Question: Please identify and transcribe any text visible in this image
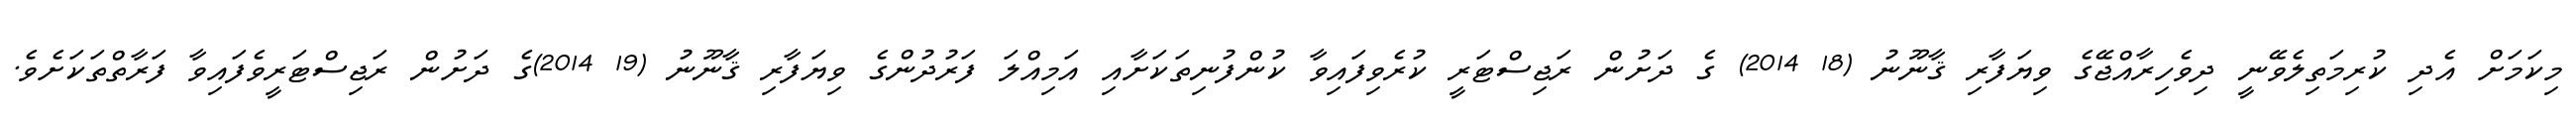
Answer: މިކަމަށް އެދި ކުރިމަތިލެވޭނީ ދިވެހިރާއްޖޭގެ ވިޔަފާރި ޤާނޫނު (18 2014) ގެ ދަށުން ރަޖިސްޓަރީ ކުރެވިފައިވާ ކުންފުނިތަކަށާއި އަމިއްލަ ފަރުދުންގެ ވިޔަފާރި ޤާނޫނު (19 2014)ގެ ދަށުން ރަޖިސްޓަރީވެފައިވާ ފަރާތްތަކަށެވެ.